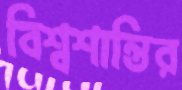
বিশ্বশান্তির